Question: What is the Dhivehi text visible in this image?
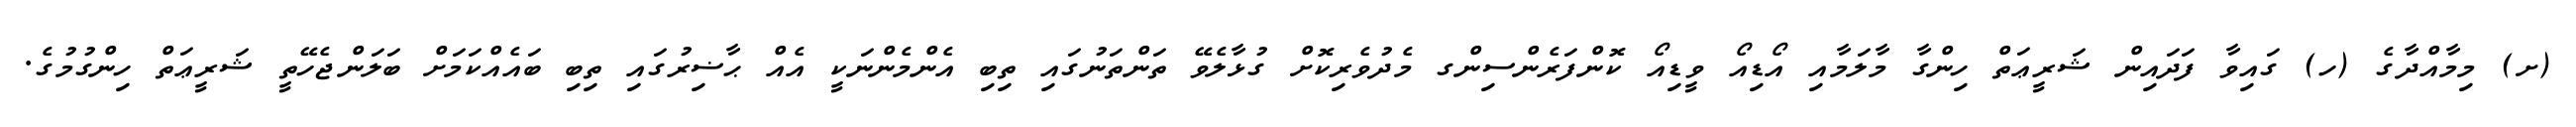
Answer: (ށ) މިމާއްދާގެ (ހ) ގައިވާ ފަދައިން ޝަރީޢަތް ހިންގާ މާލަމާއި އޯޑިއޯ ވީޑިއޯ ކޮންފަރެންސިންގ މެދުވެރިކޮށް ގުޅާލެވޭ ތަންތަނުގައި ތިބި އެންމެންނަކީ އެއް ޙާޟިރުގައި ތިބި ބައެއްކަމަށް ބަލަންޖެހޭތީ ޝަރީޢަތް ހިންގުމުގެ.